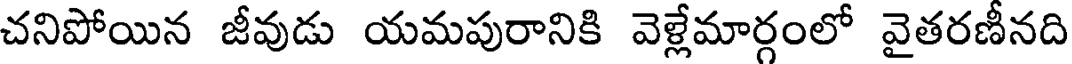
చనిపోయిన జీవుడు యమపురానికి వెళ్లేమార్గంలో వైతరణీనది